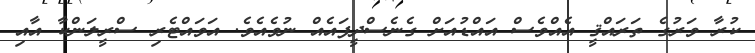
ކުރާ ވަރުގެ ތަރައްޤީ އެއްވެސް އައްޑުއަށް ގެނެސްދީފައެއް ނުވެއެވެ. އަވައްޓެރި ސްރީލަންކާ އާއި